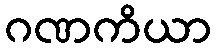
ဂဏကိယာ